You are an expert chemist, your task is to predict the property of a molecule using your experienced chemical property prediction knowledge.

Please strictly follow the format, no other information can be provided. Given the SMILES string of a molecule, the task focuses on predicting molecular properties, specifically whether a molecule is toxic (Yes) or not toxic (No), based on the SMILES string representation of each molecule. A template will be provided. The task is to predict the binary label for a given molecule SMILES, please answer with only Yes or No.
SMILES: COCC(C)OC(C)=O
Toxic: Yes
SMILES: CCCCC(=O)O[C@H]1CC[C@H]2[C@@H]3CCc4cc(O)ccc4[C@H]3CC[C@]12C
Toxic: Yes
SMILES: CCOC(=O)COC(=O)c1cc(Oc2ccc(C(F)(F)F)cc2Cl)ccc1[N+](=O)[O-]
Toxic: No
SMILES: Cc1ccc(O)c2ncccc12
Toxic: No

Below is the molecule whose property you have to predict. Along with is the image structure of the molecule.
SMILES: CCC1=C(C)CN(C(=O)NCCc2ccc(S(=O)(=O)NC(=O)N[C@H]3CC[C@H](C)CC3)cc2)C1=O
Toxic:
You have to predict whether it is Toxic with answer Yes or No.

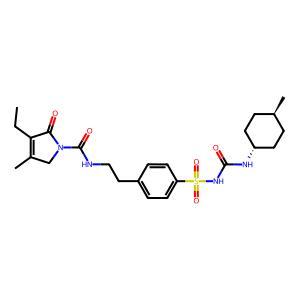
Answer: No